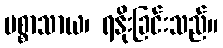
ပစ္စာသာယ၊ ရနိုးခြင်းသည်။